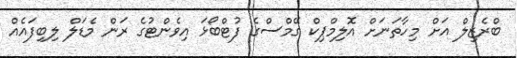
ބްރެޒިލް އަށް މިހާތަނަށް އޮލިމްޕިކް ގޭމްސްގެ ފުޓްބޯޅަ އިވެންޓުގެ ރަން މެޑަލް ލިބިފައެއް